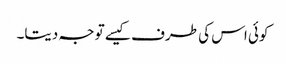
کوئی اس کی طرف کیسے توجہ دیتا۔